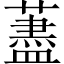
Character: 藎